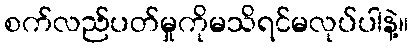
စက်လည်ပတ်မှုကိုမသိရင်မလုပ်ပါနဲ့။